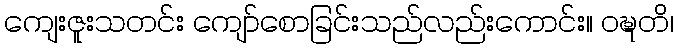
ကျေးဇူးသတင်း ကျော်စောခြင်းသည်လည်းကောင်း။ ဝဍ္ဎတိ၊